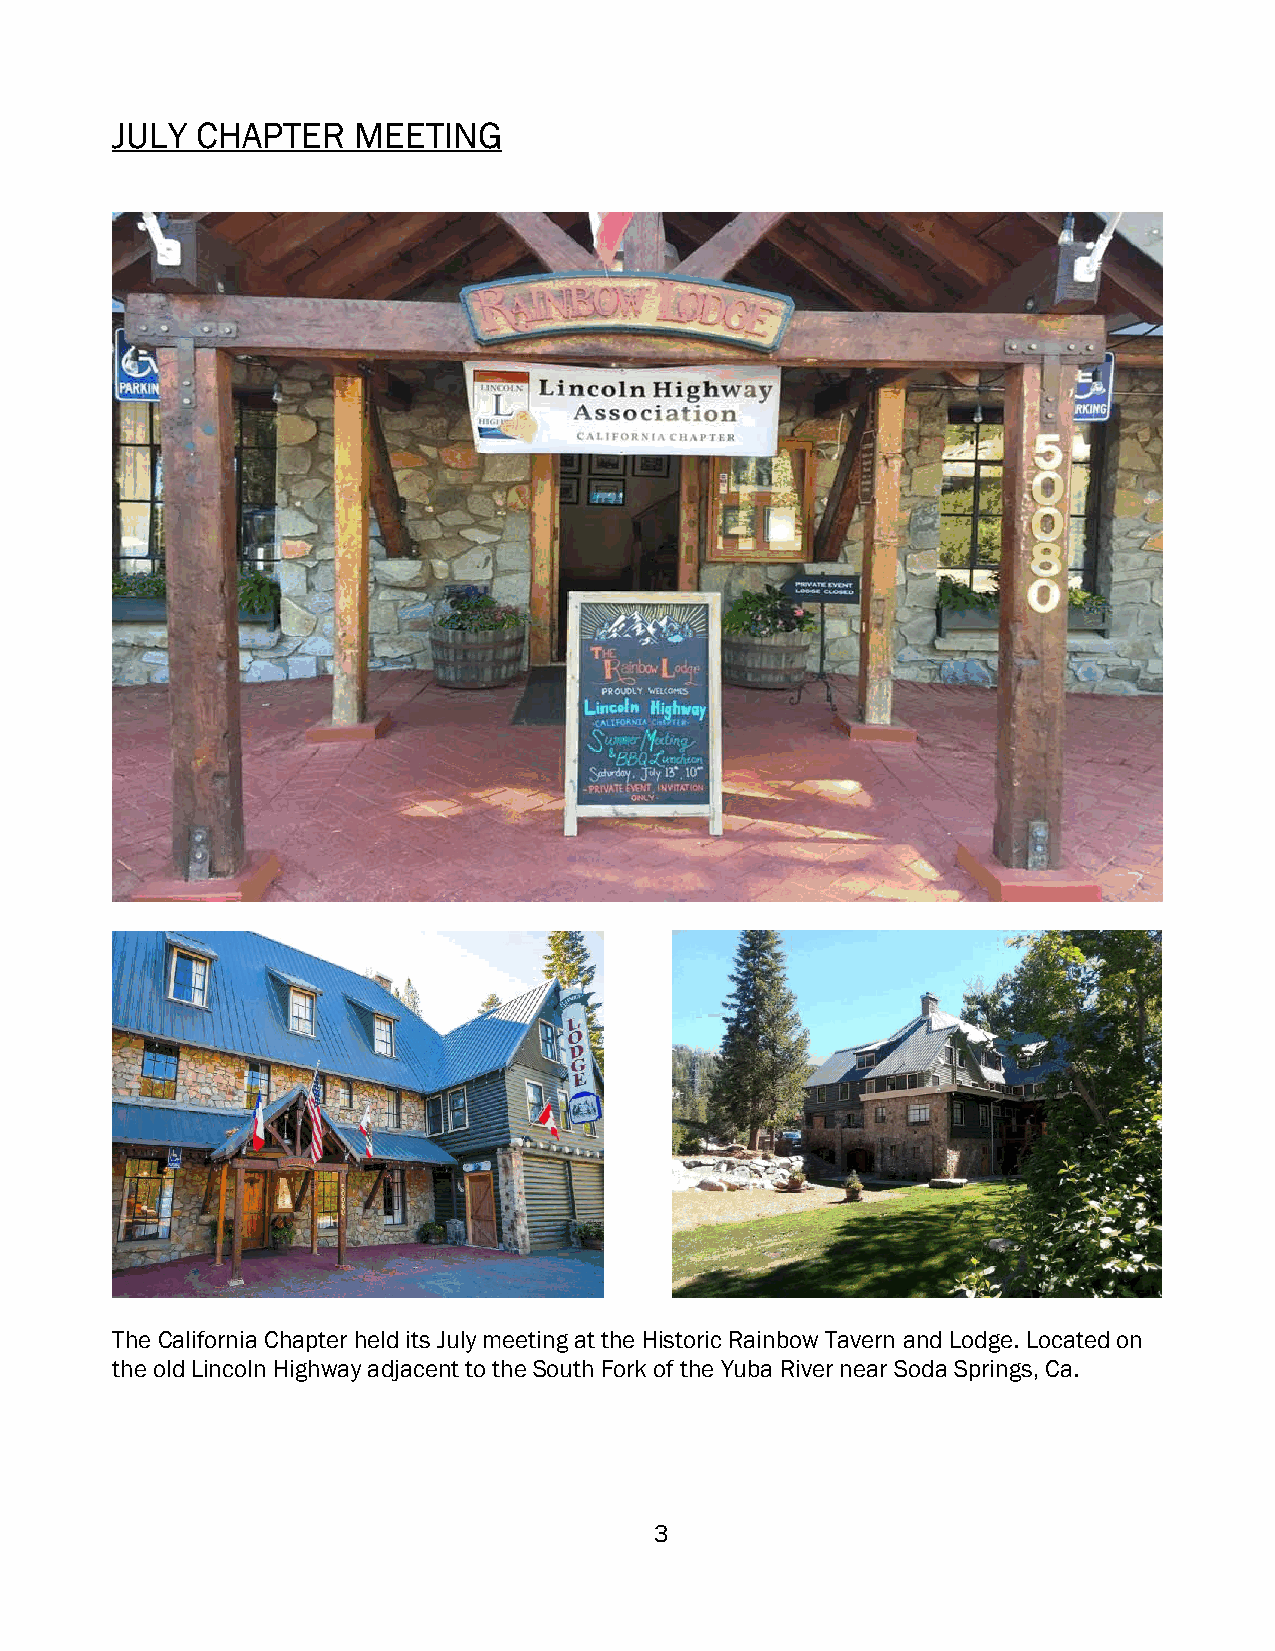
JULY  CHAPTER   MEETING
 The California Chapter held its July meeting at the Historic Rainbow Tavern and Lodge. Located on
 the old Lincoln Highway adjacent to the South Fork of the Yuba River near Soda Springs, Ca.
 3